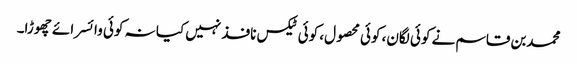
محمدبن قاسم نے کوئی لگان، کوئی محصول، کوئی ٹیکس نافذ نہیں کیا نہ کوئی وائسرائے چھوڑا۔